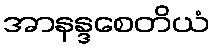
အာနန္ဒစေတိယံ